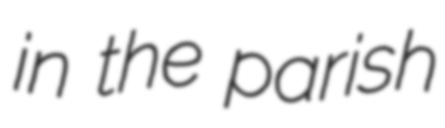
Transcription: in the parish